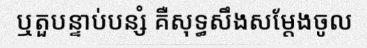
ឬតួបន្ទាប់បន្សំ គឺសុទ្ធសឹងសម្តែងចូល